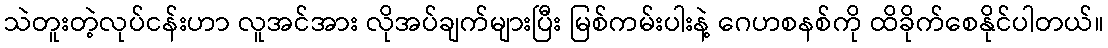
သဲတူးတဲ့လုပ်ငန်းဟာ လူအင်အား လိုအပ်ချက်များပြီး မြစ်ကမ်းပါးနဲ့ ဂေဟစနစ်ကို ထိခိုက်စေနိုင်ပါတယ်။